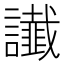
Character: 䜟